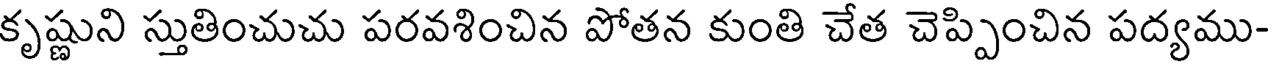
కృష్ణుని స్తుతించుచు పరవశించిన పోతన కుంతి చేత చెప్పించిన పద్యము-